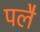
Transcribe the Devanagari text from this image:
पलै